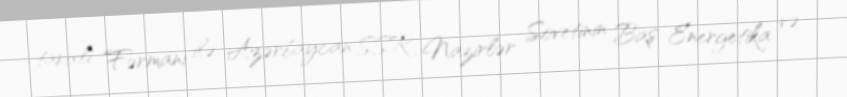
tarixli Fərmanı ilə Azərbaycan SSR Nazirlər Sovetinin Baş Energetika və